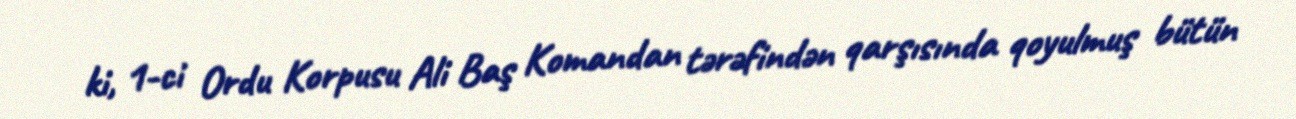
ki, 1-ci Ordu Korpusu Ali Baş Komandan tərəfindən qarşısında qoyulmuş bütün